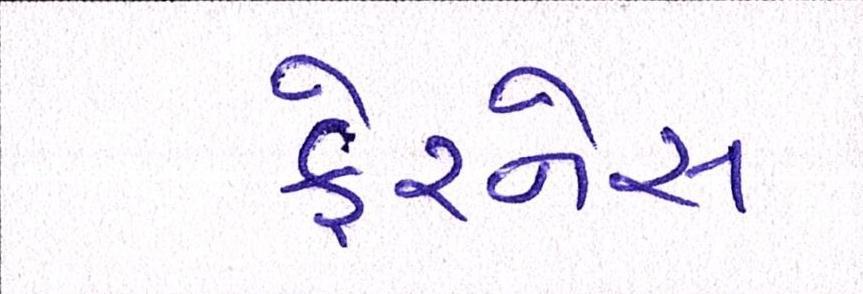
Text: ફેરનેસ